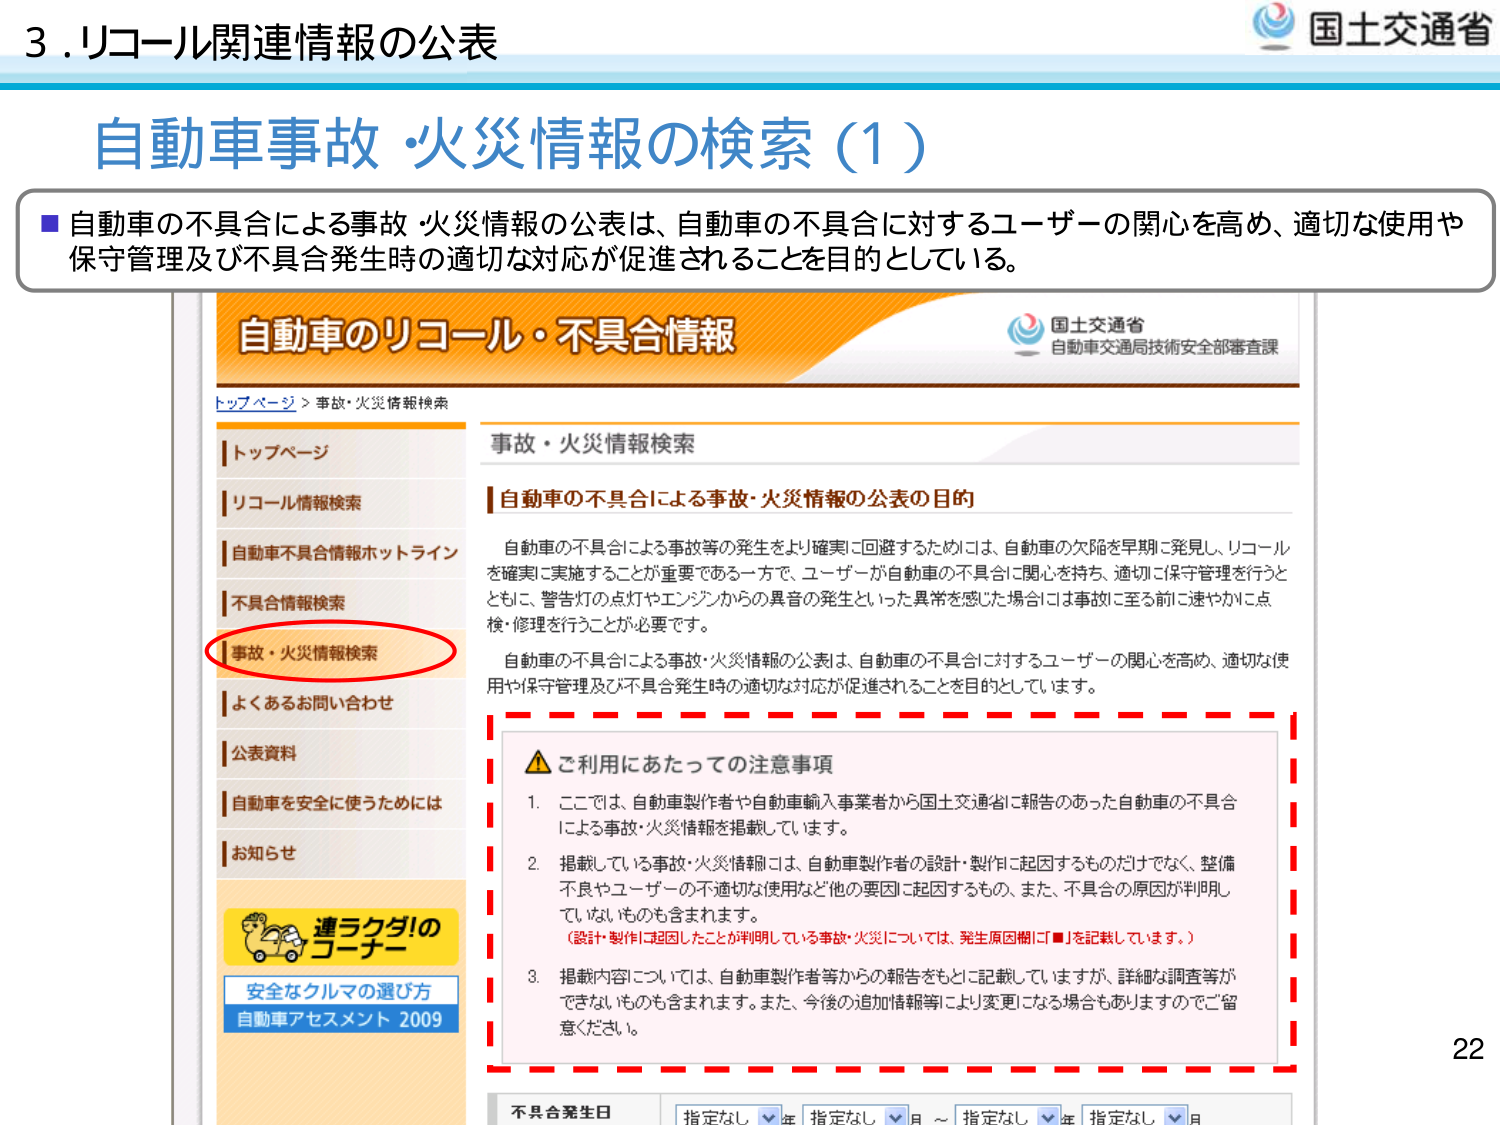
3. リコール関連情報の公表
自動車事故・火災情報の検索（1）
■ 自動車の不具合による事故・火災情報の公表は、自動車の不具合に対するユーザーの関心を高め、適切な使用や保守管理及び不具合発生時の適切な対応が促進されることを目的としている。

自動車のリコール・不具合情報
国土交通省
自動車交通局技術安全部審査課
トップページ > 事故・火災情報検索

トップページ
リコール情報検索
自動車不具合情報ホットライン
不具合情報検索
事故・火災情報検索
よくあるお問い合わせ
公表資料
自動車を安全に使うためには
お知らせ
連ラクダ!のコーチ
安全なクルマの選び方
自動車アセスメント 2009

事故・火災情報検索

自動車の不具合による事故・火災情報の公表の目的
自動車の不具合による事故等の発生をより確実に回避するためには、自動車の欠陥を早期に発見し、リコールを確実に実施することが重要である一方で、ユーザーが自動車の不具合に関心を持ち、適切に保守管理を行うとともに、警告灯の点灯やエンジンからの異音の発生といった異常を感じた場合には事故に至る前に速やかに点検・修理を行うことが必要です。
自動車の不具合による事故・火災情報の公表は、自動車の不具合に対するユーザーの関心を高め、適切な使用や保守管理及び不具合発生時の適切な対応が促進されることを目的としています。

⚠ ご利用にあたっての注意事項
1. ここでは、自動車製作者や自動車輸入事業者から国土交通省に報告のあった自動車の不具合による事故・火災情報を掲載しています。
2. 掲載している事故・火災情報は、自動車製作者の設計・製作に起因するものだけでなく、整備不良やユーザーの不適切な使用など他の要因に起因するもの、また、不具合の原因が判明していないものも含まれます。
（設計・製作に起因したことが判明している事故・火災については、発生原因欄に「■」を記載しています。）
3. 掲載内容については、自動車製作者等からの報告をもとに記載していますが、詳細な調査等ができないものも含まれます。また、今後の追加情報等により変更になる場合もありますのでご留意ください。

不具合発生日
指定なし ▼ 年 指定なし ▼ 月 ～ 指定なし ▼ 年 指定なし ▼ 月

22